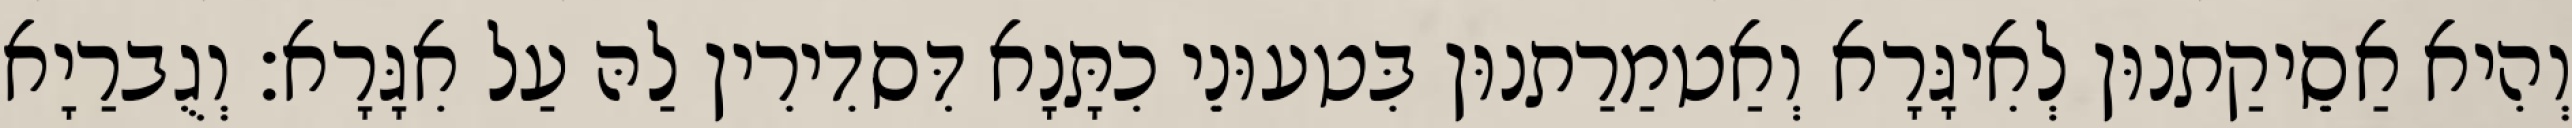
וְהִיא אַסֵיקַתנוּן לְאִיגָּרָא וְאַטמַרַתנוּן בִּטעוּנֵי כִתָּנָא דִּסדִירִין לַהּ עַל אִגָּרָא׃ וְגֻברַיָא